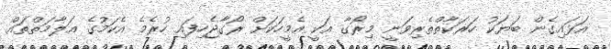
އަޅައިގެން ބަޔަކު ހަރަކާތްތެރިވަނީ މިރޯގާ އަކީ އެމީހަކަށް ރޯގާޖެހިފައި ހުރެމެ އެކަމުގެ އަލާމަތްތައް